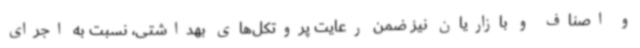
و اصناف و بازاریان نیز ضمن رعایت پروتکل‌های بهداشتی، نسبت به اجرای